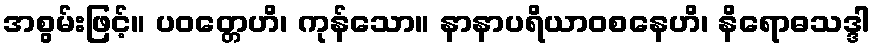
အစွမ်းဖြင့်။ ပဝတ္တေဟိ၊ ကုန်သော။ နာနာပရိယာဝစနေဟိ၊ နိရောဓသဒ္ဒါ